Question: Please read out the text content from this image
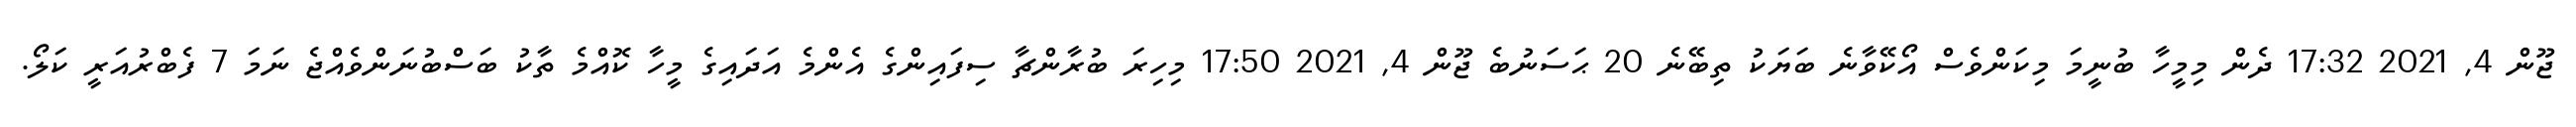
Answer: ޖޫން 4, 2021 17:32 ދެން މިމީހާ ބުނީމަ މިކަންވެސް އޯކޭވާނެ ބަޔަކު ތިބޭނެ 20 ޙަސަނުބެ ޖޫން 4, 2021 17:50 މިހިރަ ބުރާންޗާ ސިފައިންގެ އެންމެ އަދައިގެ މީހާ ކޮއްމެ ތާކު ބަސްބުނަންވެއްޖެ ނަމަ 7 ފެބްރުއަރީ ކަލޯ.